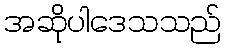
အဆိုပါဒေသသည်